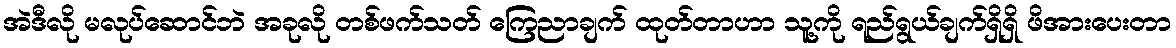
အဲဒီလို မလုပ်ဆောင်ဘဲ အခုလို တစ်ဖက်သတ် ကြေညာချက် ထုတ်တာဟာ သူ့ကို ရည်ရွယ်ချက်ရှိရှိ ဖိအားပေးတာ